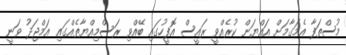
މުސްތަފާ އެމަގާމަށް އައްޔަން ކުރެއްވީ ރައީސް އޮފީހުގައި ބޭއްވި ރަސްމިއްޔާތެއްގައި އަމްޖަދު ވަނީ